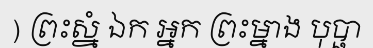
) ព្រះស្នំ ឯក អ្នក ព្រះម្នាង បុប្ផា